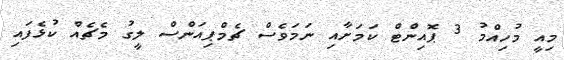
މިއީ މުހިއްމު 3 ޕޮއިންޓް ކަމަށާއި ނަމަވެސް ޗެމްޕިއަންސް ލީގު މެޗެއް ކުޅެފައި